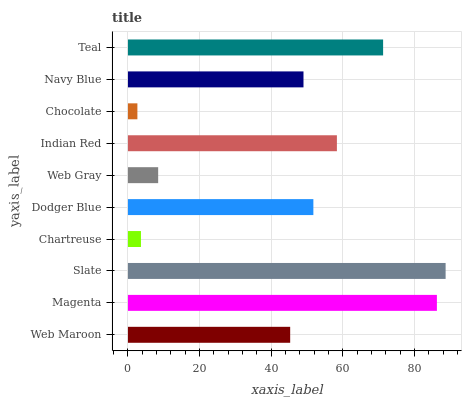
| yaxis_label | bars |
 | --- | --- |
 | Web Maroon | 45.3 |
 | Magenta | 86.3 |
 | Slate | 88.7 |
 | Chartreuse | 3.63 |
 | Dodger Blue | 51.8 |
 | Web Gray | 8.44 |
 | Indian Red | 58.3 |
 | Chocolate | 2.64 |
 | Navy Blue | 49 |
 | Teal | 71.2 |